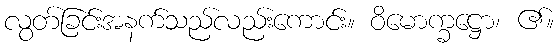
လွတ်ခြင်းအနက်သည်လည်းကောင်း။ ဝိမောက္ခဋ္ဌော၊ ၏။